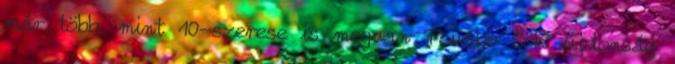
már több, mint 10-szerese is megvan Tovább Sok újdonság